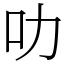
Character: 叻